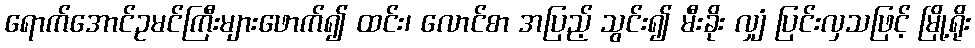
ရောက်အောင်ဥမင်ကြီးများဖောက်၍ ထင်း၊ လောင်စာ အပြည့် သွင်း၍ မီးခိုး လျှံ ပြင်းလှသဖြင့် မြို့ရိုး